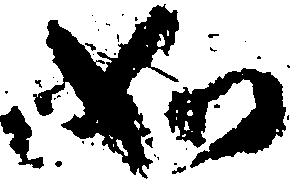
如